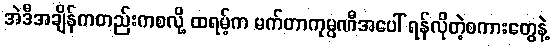
အဲဒီအချိန်ကတည်းကစလို့ ထရမ့်က မက်တာကုမ္ပဏီအပေါ် ရန်လိုတဲ့စကားတွေနဲ့